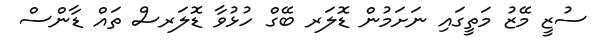
ސުޒީ މޭޒު މަތީގައި ނަށަމުން ޑޮލަރ ބޭގް ހުޅުވާ ޑޮލަރސް ތައް ޑާންސް